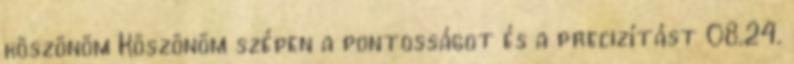
köszönöm Köszönöm szépen a pontosságot és a precizítást 08.24.